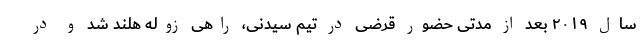
سال ۲۰۱۹ بعد از مدتی حضور قرضی در تیم سیدنی، راهی زوله هلند شد و در